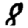
Digit: 8